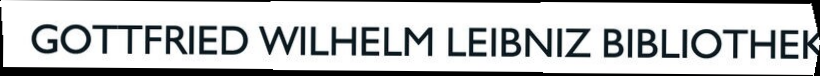
GOTTFRIED WILHELM LEIBNIZ BIBLIOTHEK